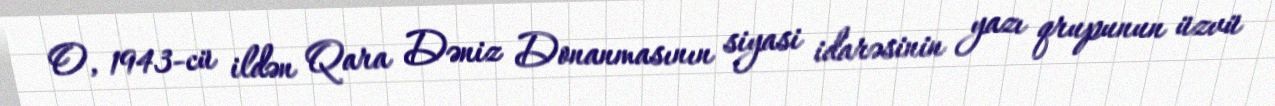
O, 1943-cü ildən Qara Dəniz Donanmasının siyasi idarəsinin yazı qrupunun üzvü